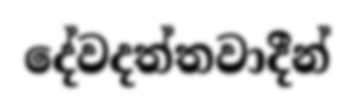
දේවදත්තවාදීන්